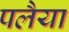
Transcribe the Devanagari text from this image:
पलैया